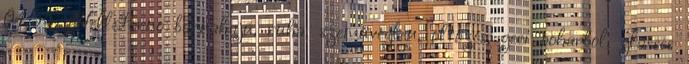
04:55 HellPorno barnahajú, ruha, szemüvegben, öltözés, geci poharbol, glasses